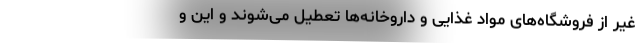
غیر از فروشگاه‌های مواد غذایی و داروخانه‌ها تعطیل می‌شوند و این و